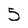
Character: 5